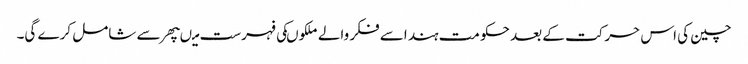
چین کی اس حرکت کے بعد حکومت ہند اسے فکر والے ملکوںکی فہرست میںپھر سے شامل کرے گی۔